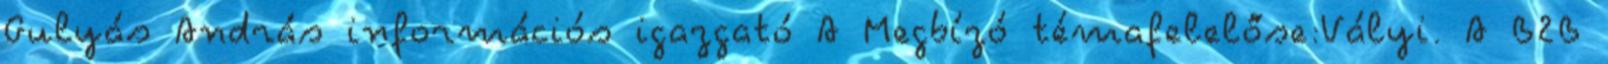
Gulyás András információs igazgató A Megbízó témafelelőse:Vályi. A B2B